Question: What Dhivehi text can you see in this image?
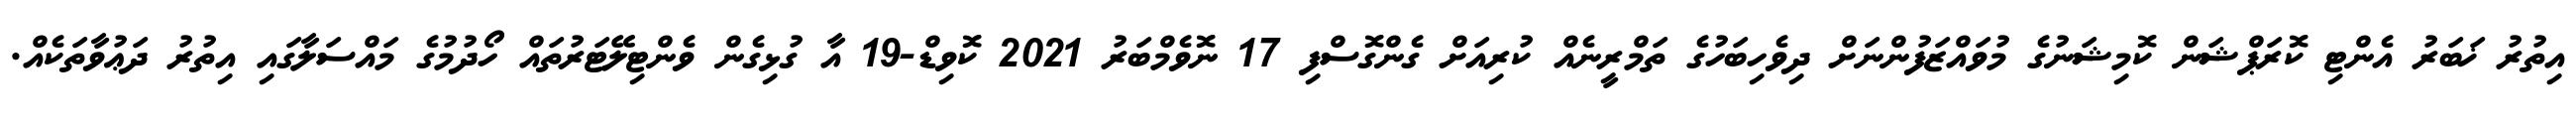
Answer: އިތުރު ޚަބަރު އެންޓި ކޮރަޕްޝަން ކޮމިޝަނުގެ މުވައްޒަފުންނަށް ދިވެހިބަހުގެ ތަމްރީނެއް ކުރިއަށް ގެންގޮސްފި 17 ނޮވެމްބަރު 2021 ކޮވިޑް-19 އާ ގުޅިގެން ވެންޓިލޭޓަރުތައް ހޯދުމުގެ މައްސަލާގައި އިތުރު ދަޢުވާތަކެއް.